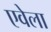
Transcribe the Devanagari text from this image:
एवेला